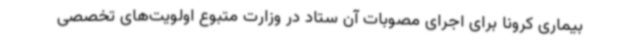
بیماری کرونا برای اجرای مصوبات آن ستاد در وزارت متبوع اولویت‌های تخصصی